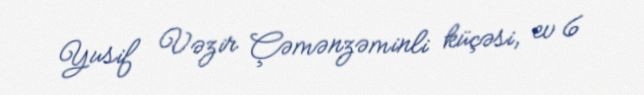
Yusif Vəzir Çəmənzəminli küçəsi, ev 6